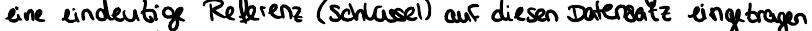
eine eindeutige Referenz (Schlüssel) auf diesen Datensatz eingetragen